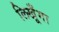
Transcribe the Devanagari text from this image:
लिखूँगा